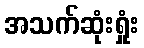
အသက်ဆုံးရှုံး